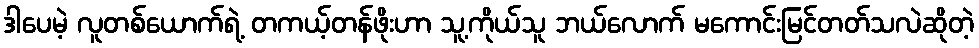
ဒါပေမဲ့ လူတစ်ယောက်ရဲ့ တကယ့်တန်ဖိုးဟာ သူ့ကိုယ်သူ ဘယ်လောက် မကောင်းမြင်တတ်သလဲဆိုတဲ့